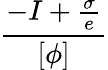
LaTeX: \frac{-I+\frac{\sigma}{e}}{[\phi]}